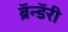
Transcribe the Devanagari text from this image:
ब्रॅन्डॅरी